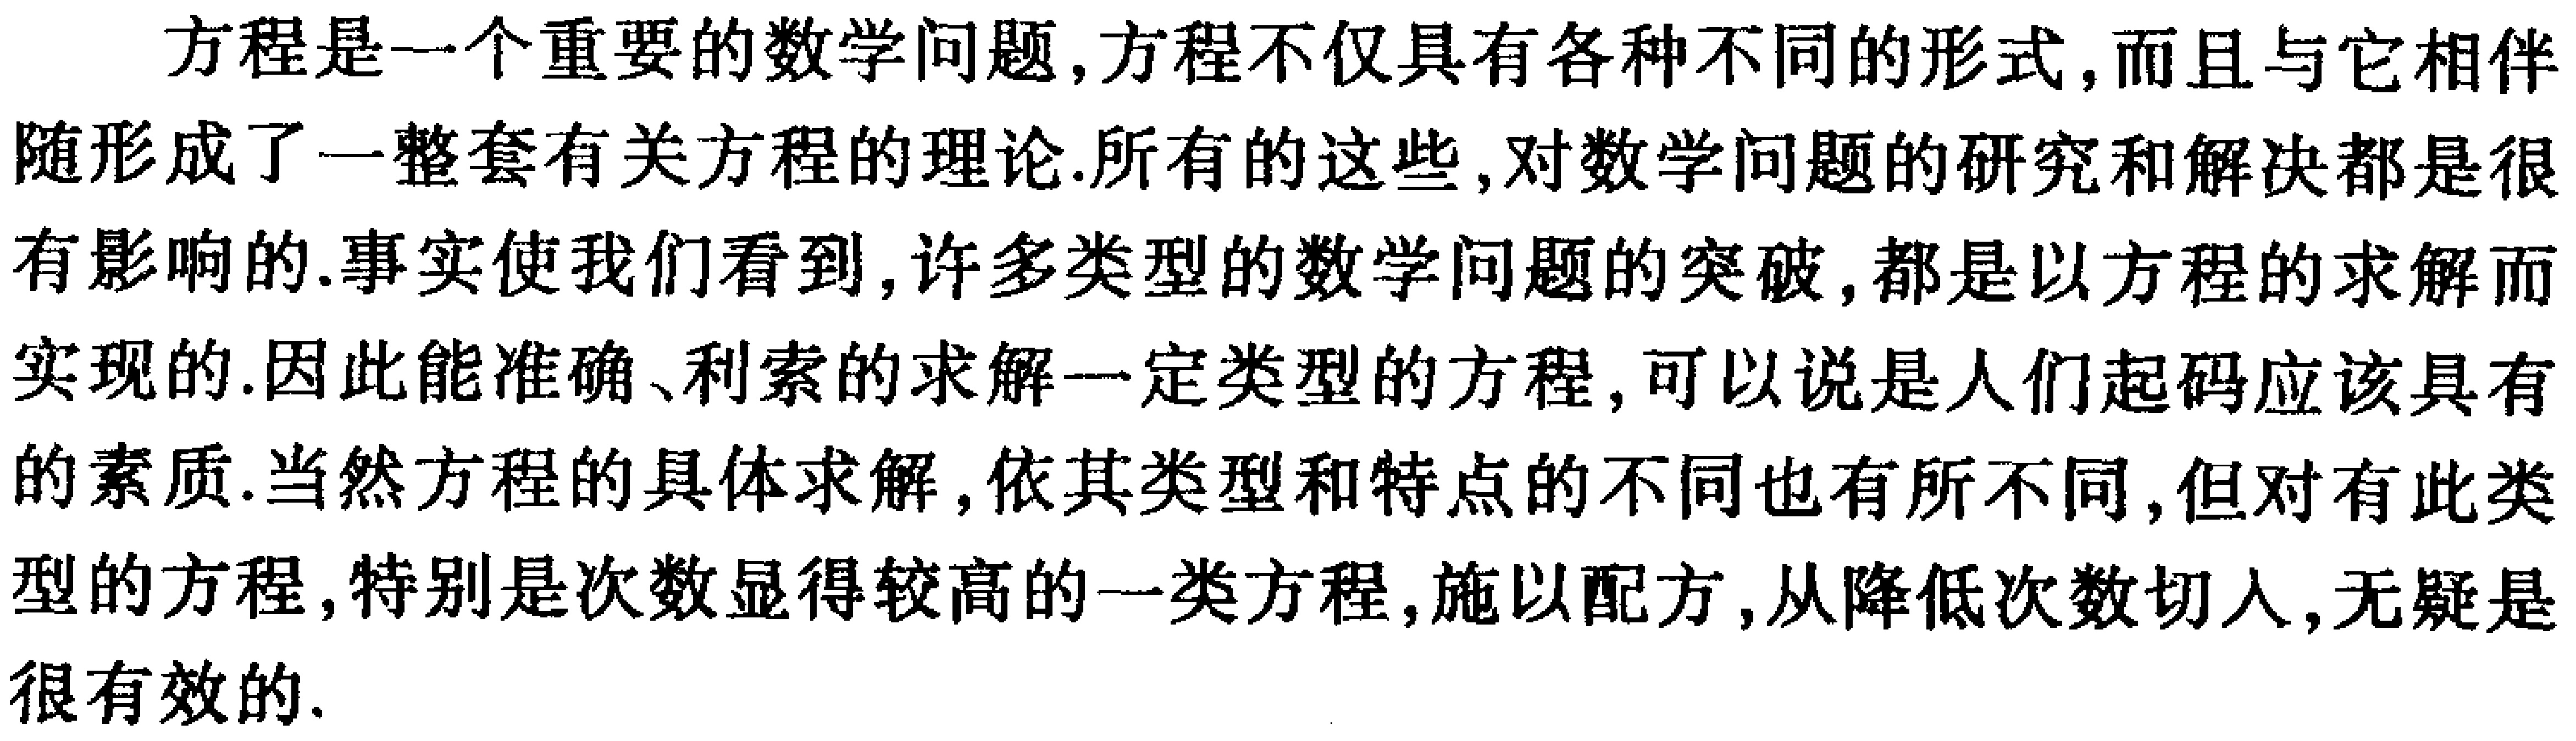
方程是一个重要的数学问题,方程不仅具有各种不同的形式,而且与它相伴随形成了一整套有关方程的理论.所有的这些,对数学问题的研究和解决都是很有影响的.事实使我们看到,许多类型的数学问题的突破,都是以方程的求解而实现的.因此能准确、利索的求解一定类型的方程,可以说是人们起码应该具有的素质.当然方程的具体求解,依其类型和特点的不同也有所不同,但对有此类型的方程,特别是次数显得较高的一类方程,施以配方,从降低次数切入,无疑是很有效的.